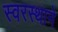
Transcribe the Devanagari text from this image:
स्वरस्थाने